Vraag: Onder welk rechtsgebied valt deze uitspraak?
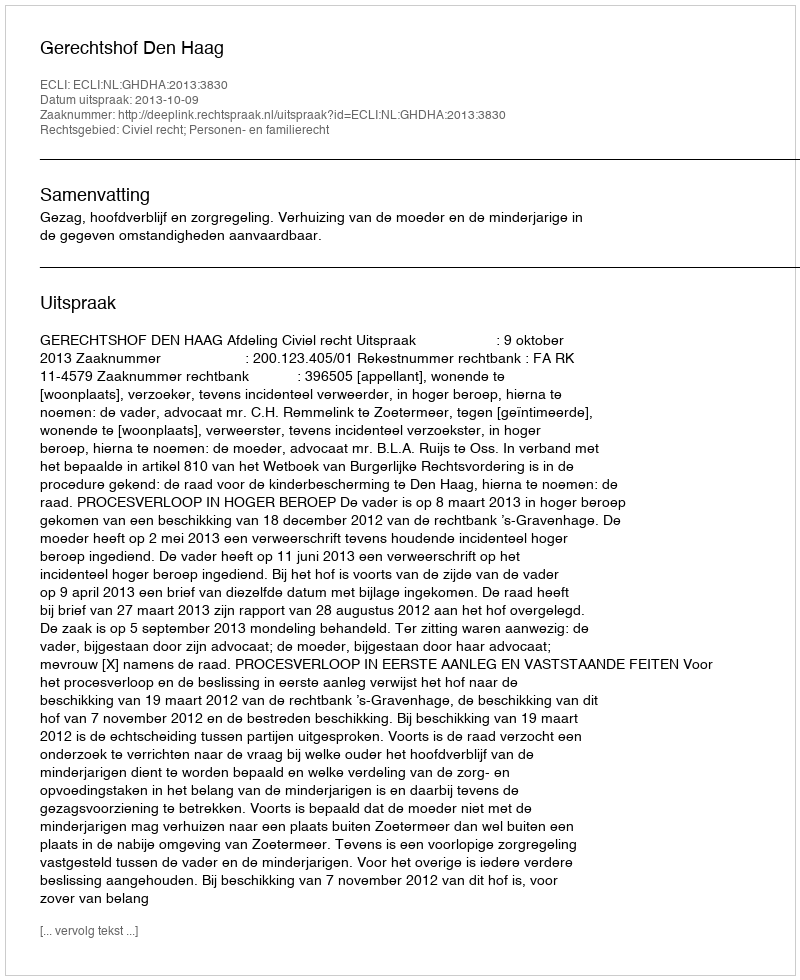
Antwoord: Civiel recht; Personen- en familierecht